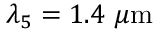
\lambda _ { 5 } = 1 . 4 ~ \mu \mathrm { m }